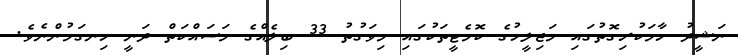
ނަޝީދު ހާމަކުރިގޮތުގައި މަޖިލީހުގެ ކޮމެޓީތަކުގައި މިވަގުތު 33 ބިލެއްގެ މަސައްކަތް ދަނީ ހިނގަމުންނެވެ.